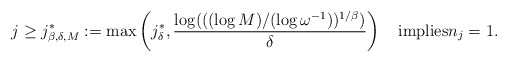
\begin{align*}j\ge j^{*}_{\beta,\delta,M}:=\max\left(j^*_\delta,\frac{\log(((\log M)/(\log\omega^{-1}))^{1/\beta})}{\delta}\right)\quad\textnormal{implies}n_j=1.\end{align*}